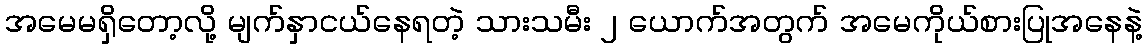
အမေမရှိတော့လို့ မျက်နှာငယ်နေရတဲ့ သားသမီး ၂ ယောက်အတွက် အမေကိုယ်စားပြုအနေနဲ့